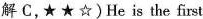
解 C,★★☆)He is the first